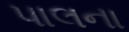
પાલના